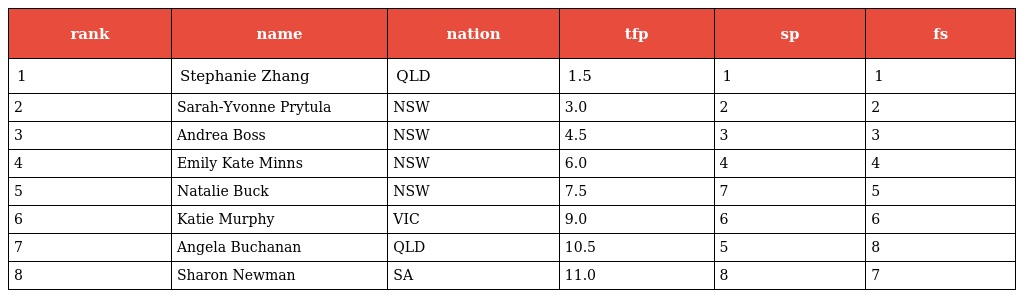
| rank | name | nation | tfp | sp | fs |
 | --- | --- | --- | --- | --- | --- |
 | 1 | Stephanie Zhang | QLD | 1.5 | 1 | 1 |
 | 2 | Sarah-Yvonne Prytula | NSW | 3.0 | 2 | 2 |
 | 3 | Andrea Boss | NSW | 4.5 | 3 | 3 |
 | 4 | Emily Kate Minns | NSW | 6.0 | 4 | 4 |
 | 5 | Natalie Buck | NSW | 7.5 | 7 | 5 |
 | 6 | Katie Murphy | VIC | 9.0 | 6 | 6 |
 | 7 | Angela Buchanan | QLD | 10.5 | 5 | 8 |
 | 8 | Sharon Newman | SA | 11.0 | 8 | 7 |